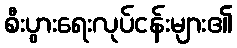
စီးပွားရေးလုပ်ငန်းများ၏